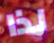
لذا